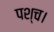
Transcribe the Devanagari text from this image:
पश्च।